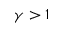
\gamma > 1